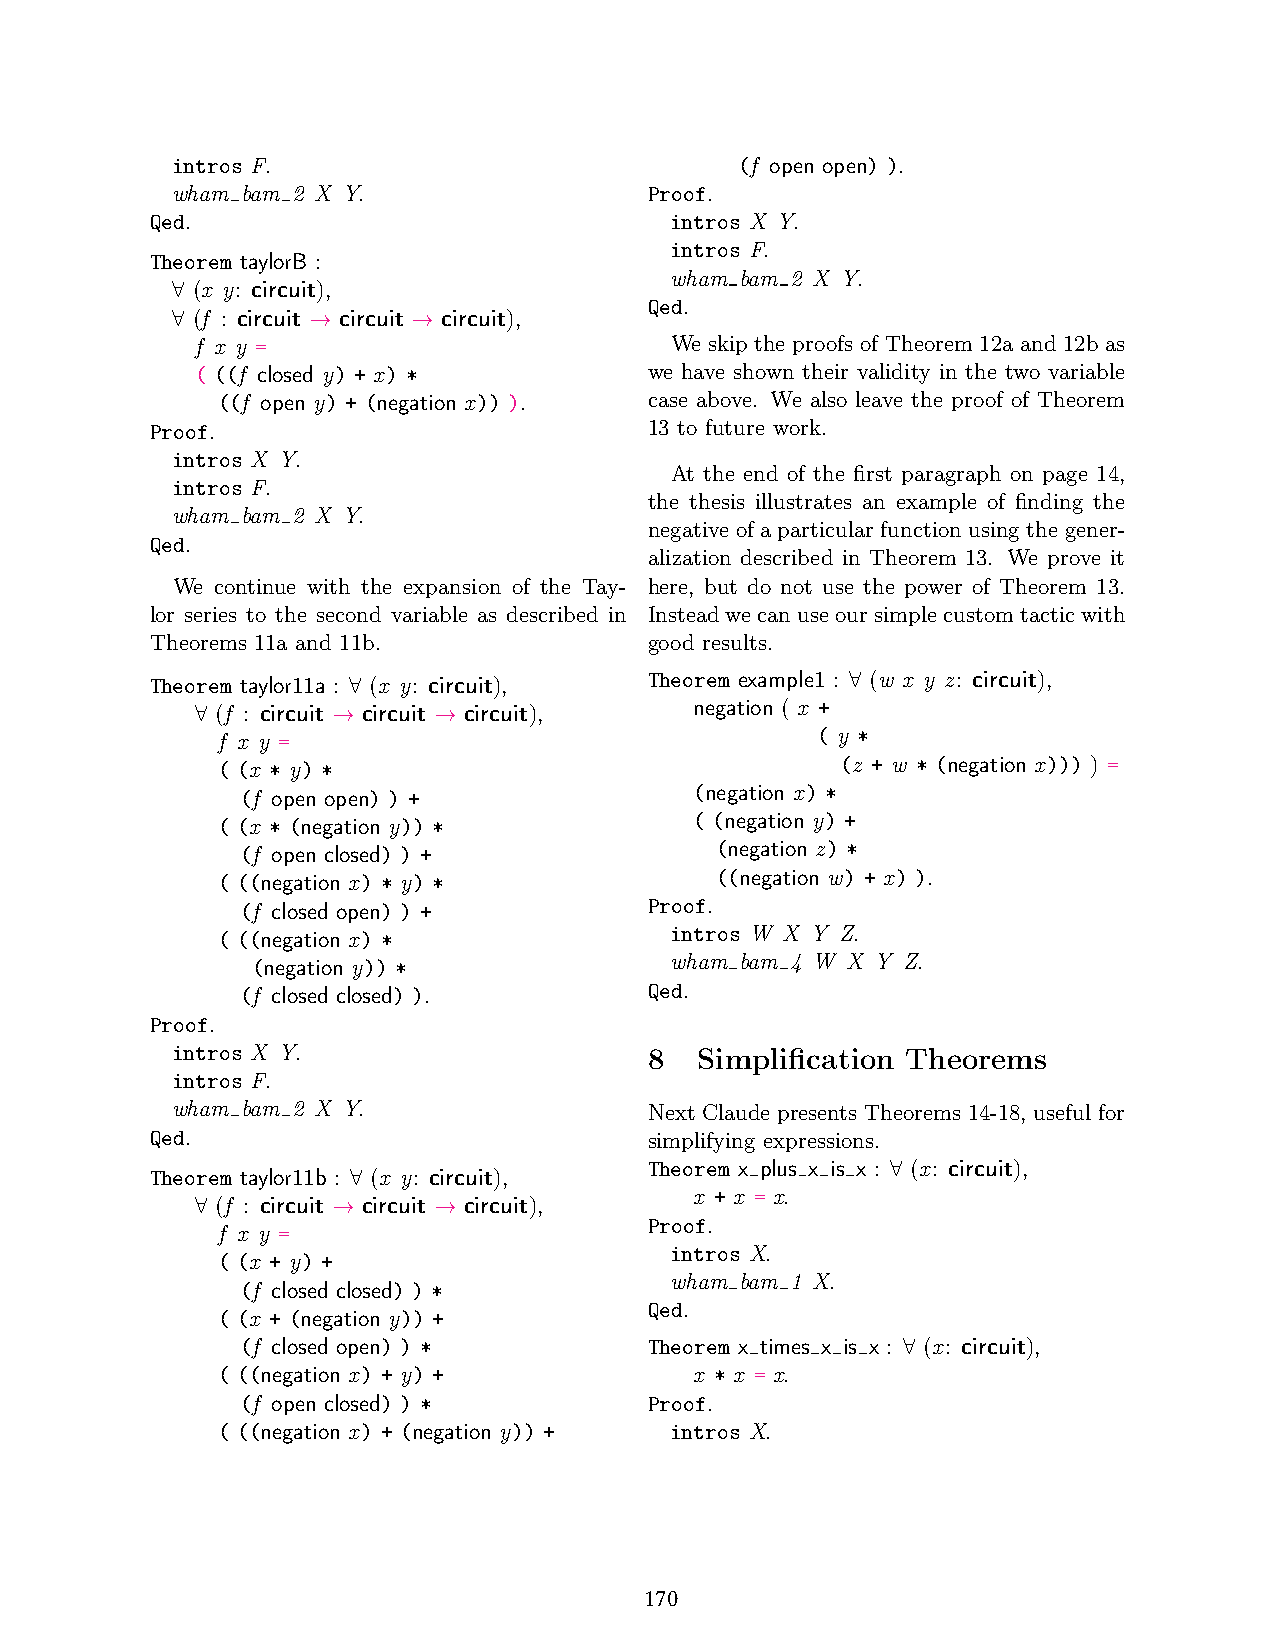
intros F.                             (f open open) ).
 wham bam 2 X Y.                 Proof.
 Qed.                              intros X Y.
 intros F.
 Theorem taylorB :
 (x y: circuit),
 wham bam 2 X Y.
 ∀
 (f : circuit circuit circuit),
 Qed.
 ∀        →      →
 f x y =                        We skip the proofs of Theorem 12a and 12b as
 ( ((f closed y) + x) *        we have shown their validity in the two variable
 ((f open y) + (negation x)) ). case above. We also leave the proof of Theorem
 Proof.                           13 to future work.
 intros X Y.
 At the end of the first paragraph on page 14,
 intros F.
 the thesis illustrates an example of finding the
 wham bam 2 X Y.
 negative of a particular function using the gener-
 Qed.
 alization described in Theorem 13. We prove it
 We continue with the expansion of the Tay- here, but do not use the power of Theorem 13.
 lor series to the second variable as described in Insteadwecanuseoursimplecustomtacticwith
 Theorems 11a and 11b.            good results.
 Theorem taylor11a : (x y: circuit), Theorem example1 : (w x y z: circuit),
 (f : circuit ∀ circuit circuit), negation ( x + ∀
 ∀ f x y = →     →                        ( y *
 ( (x * y) *                               (z + w * (negation x))) ) =
 (f open open) ) +             (negation x) *
 ( (x * (negation y)) *          ( (negation y) +
 (f open closed) ) +            (negation z) *
 ( ((negation x) * y) *           ((negation w) + x) ).
 (f closed open) ) +        Proof.
 ( ((negation x) *             intros W X Y Z.
 (negation y)) *            wham bam 4 W X Y Z.
 (f closed closed) ).       Qed.
 Proof.
 intros X Y.                     8  Simplification Theorems
 intros F.
 wham bam 2 X Y.                 Next Claude presents Theorems 14-18, useful for
 Qed.                             simplifying expressions.
 Theorem taylor11b : (x y: circuit), Theorem x plus x is x : (x: circuit),
 ∀
 (f : circuit ∀ circuit circuit), x + x = x.
 ∀        →      →             Proof.
 f x y =
 intros X.
 ( (x + y) +
 wham bam 1 X.
 (f closed closed) ) *
 Qed.
 ( (x + (negation y)) +
 (f closed open) ) *        Theorem x times x is x : (x: circuit),
 ∀
 ( ((negation x) + y) +          x * x = x.
 (f open closed) ) *        Proof.
 ( ((negation x) + (negation y)) + intros X.
 170